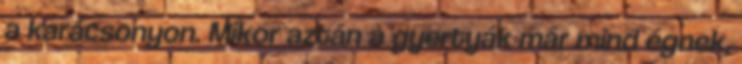
a karácsonyon. Mikor aztán a gyertyák már mind égnek,